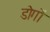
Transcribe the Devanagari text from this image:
डोगों